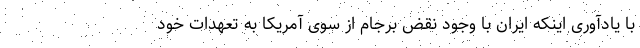
با یادآوری اینکه ایران با وجود نقض برجام از سوی آمریکا به تعهدات خود